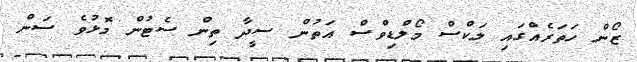
ޒޯން ހަތަރެއްގައި ލަކްސް މޯލްޑިވްސް އަތުން ސީދާ ތިން ސެޓުން މޮޅުވެ ސަން